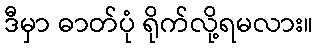
ဒီမှာ ဓာတ်ပုံ ရိုက်လို့ရမလား။